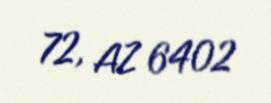
72, AZ 6402